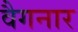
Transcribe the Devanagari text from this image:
वैगनार